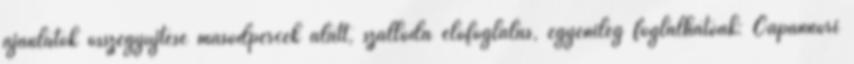
ajánlatok összegyűjtése másodpercek alatt, szálloda előfoglalás, egyénileg foglalhatóak: Capannori